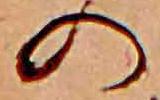
の